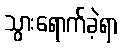
သွားရောက်ခဲ့ရာ